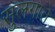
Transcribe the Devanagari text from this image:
सुलगाते